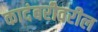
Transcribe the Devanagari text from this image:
कादंबरीवरील